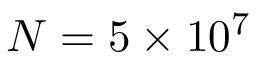
N = 5 \times 1 0 ^ { 7 }